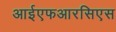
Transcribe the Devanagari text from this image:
आईएफआरसिएस